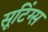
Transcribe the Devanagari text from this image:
सूटिंग्स